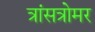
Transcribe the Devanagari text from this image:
त्रांसत्रोमर